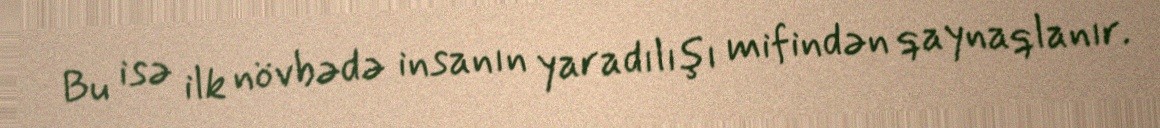
Bu isə ilk növbədə insanın yaradılışı mifindən qaynaqlanır.